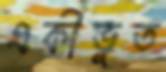
একীভুত